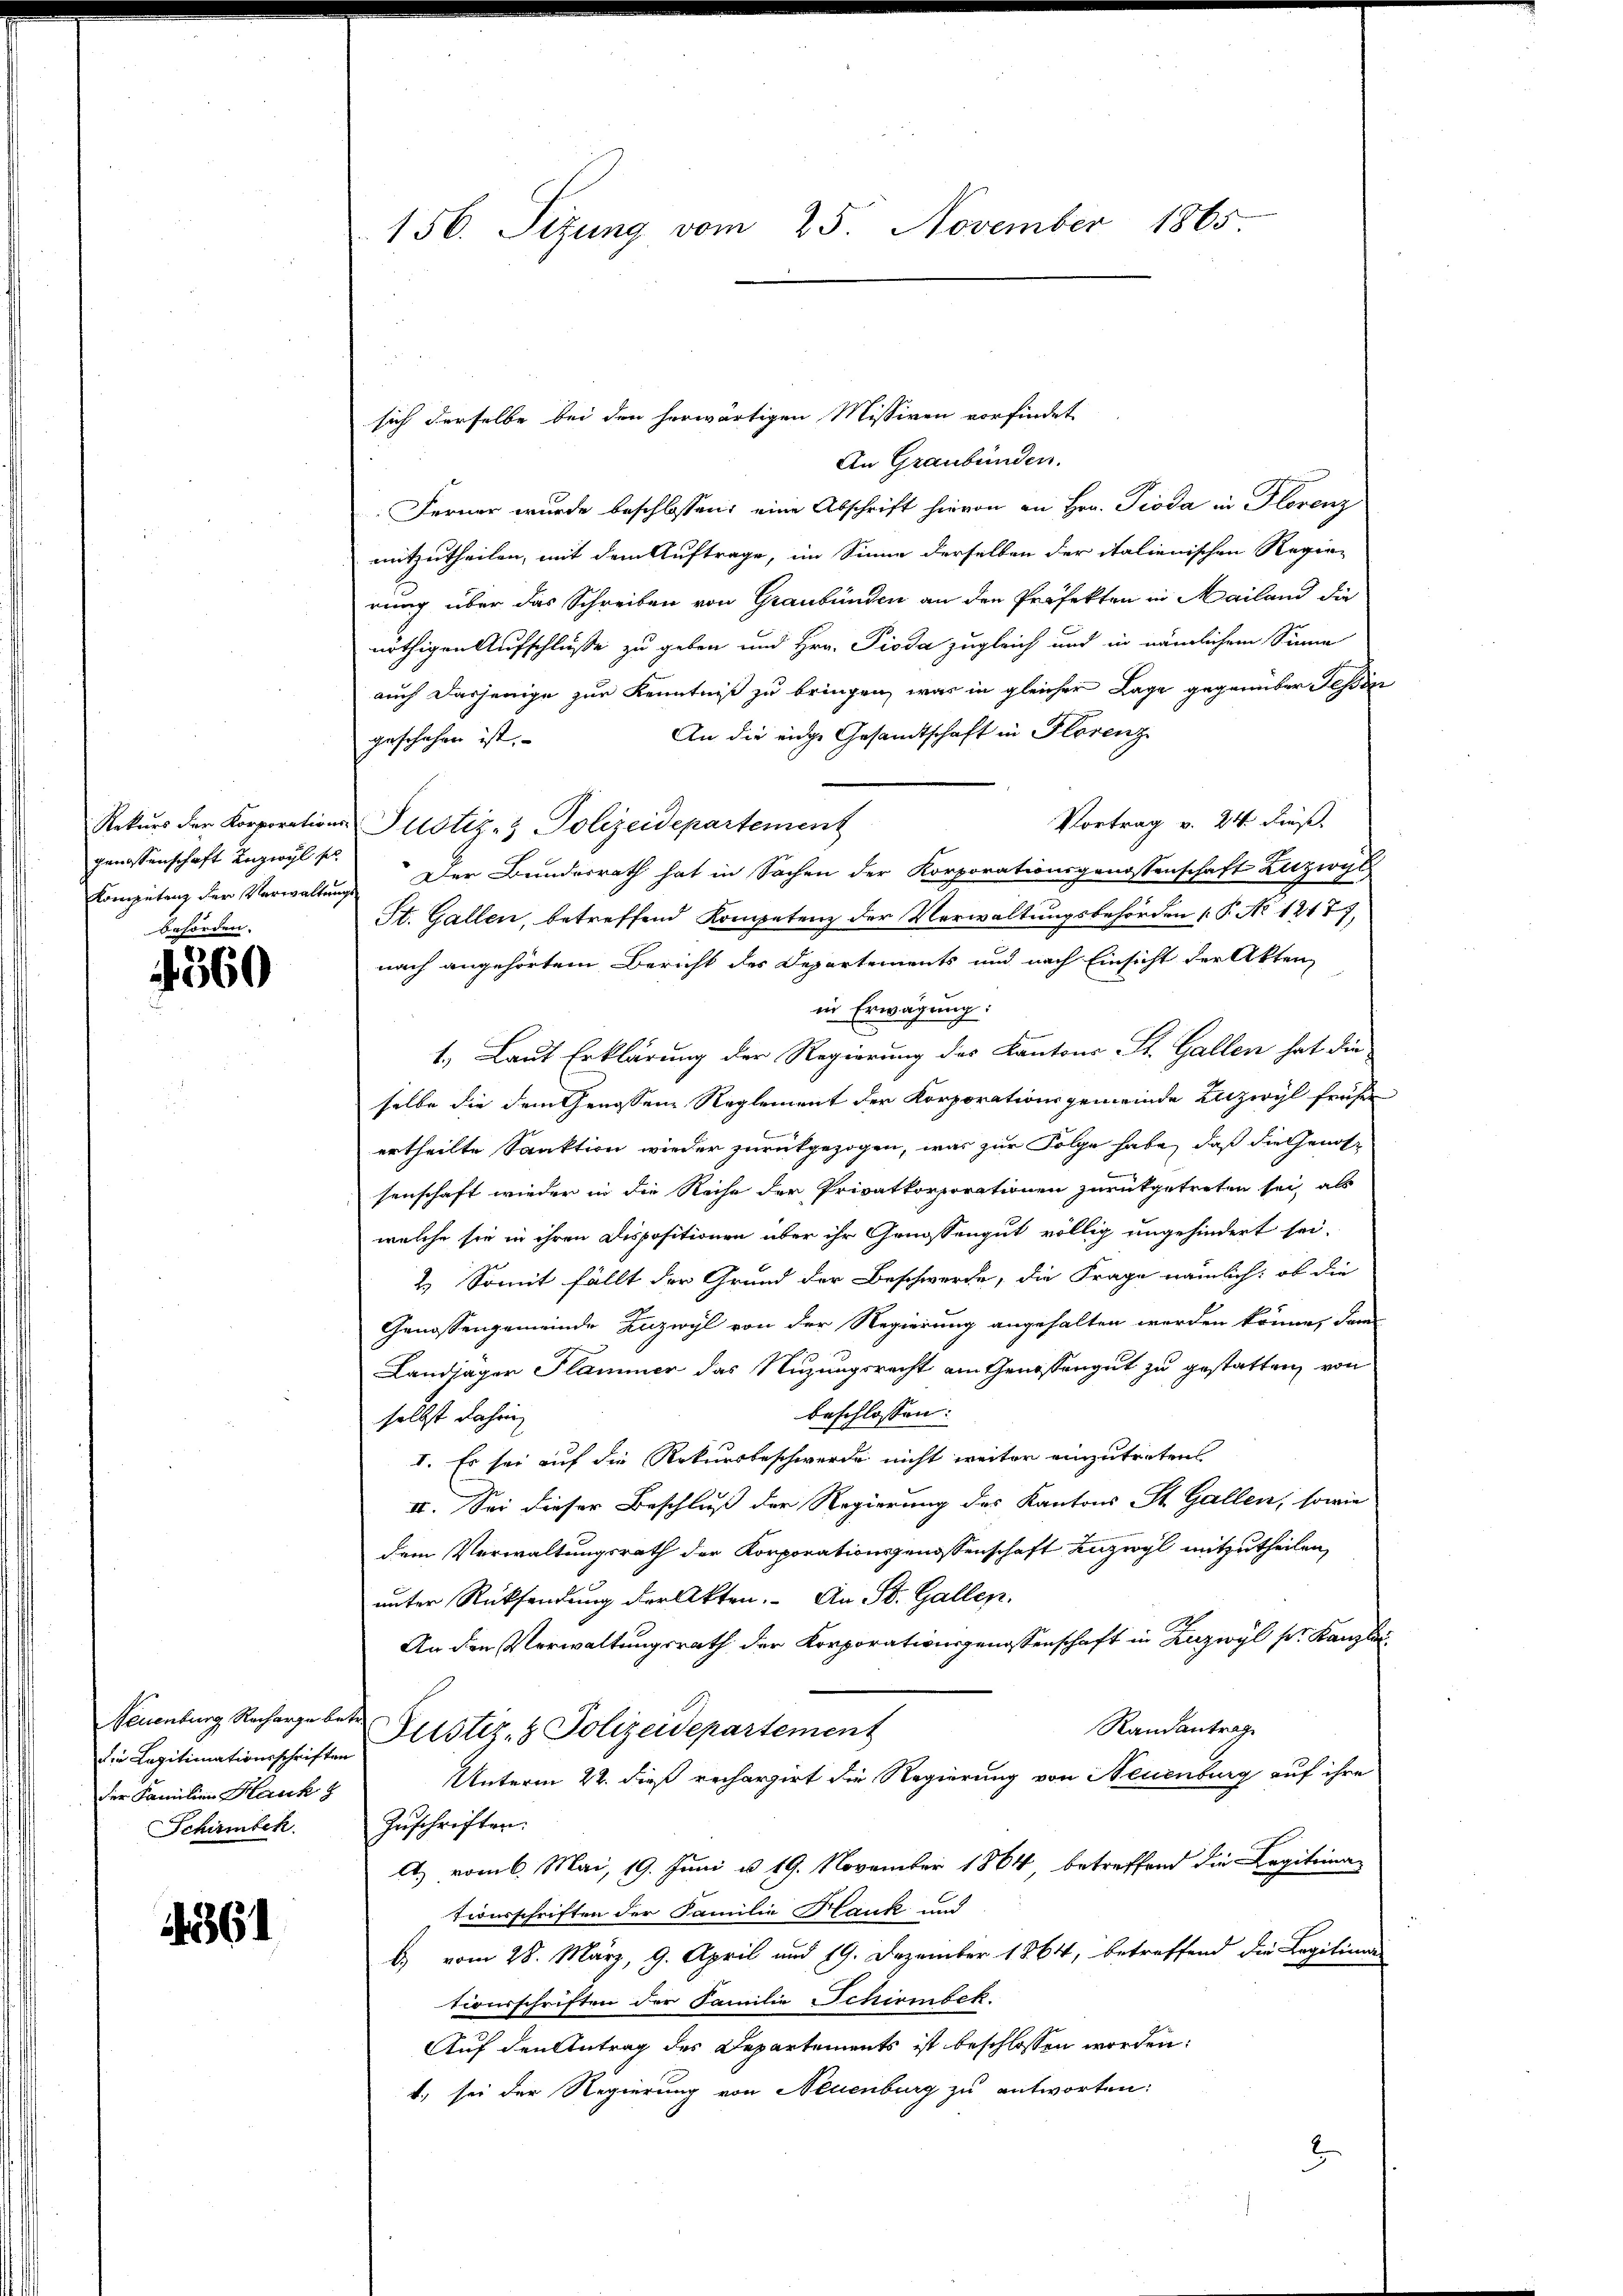
genossenschaft unzwyl se
behörden.

4560

Neuenburg Recharge betre
die Legitimationsschriften
der Familien Hauk z
Schirmbeck.

4361

An Graubünden.
Ferner wurde beschlossen: eine Abschrift hievon an Hrn. Pioda in Florenz
mitzutheilen, mit dem Auftrage, im Sinne derselben der italienischen Regie-
rung über das Schreiben von Graubünden an den Präfekten in Mailand die
nöthigen Aufschluße zu geben und Hrn. Pioda zugleich und in nämlichem Sinne
auch dasjenige zur Kenntniß zu bringen, was in gleicher Lage gegenüber Tessin
An die eidge Gesandtschaft in Florenz
geschehen ist.
Vortrag v. 24. Fuß.
Rekurs der Korporations-Justiz- & Polizeidepartement
Competenz der Verwaltung Der Bundesrath hat in Sachen der Korporationsgenossenschaft Zuzwyl
St. Gallen, betreffend Kompetenz der Verwaltungsbehörden P. No 1217),
nach angehörtem Bericht des Departements und nach Einsicht der Akten
in Erwägung:
1.) Laut Erklärung der Regierung des Kantons-St. Gallen hat die
selbe die dem Genossene Reglement der Korporationsgemeinde Zutzwyl früher
ertheilte Sanktion wieder zurückgezogen, was zur Folge habe, daß die Genossenschaft wieder in die Rache der Privatkorporationen zurückgetreten sei, als
welche sie in ihren Dispositionen über ihr Genossengut völlig ungehindert sei.
2. Somit fällt der Grund der Beschwerde, die Frage nämlich: ob die
Genossengemeinde Zuzwyl von der Regierung angehalten werden könne, dann
Landjäger Flammer das Nuzungsrecht am Genossengut zu gestatten, von
beschlossen:
selbst dahei
I. Es sei auf die Rekursbeschwerde nicht weiter einzutreten
II. Sei dieser Beschluß der Regierung des Kantons St. Gallen, sowie
dem Verwaltungsrath der Korporationsgenossenschaft unzwyl mitzutheilen,
unter Rücksendung der Akten. An St. Gallen.
An den Verwaltungsrath der Korporationsgenossenschaft in Zuzwyl sr. Kanzlei
Randantrage
Justiz- & Polizeidepartement
Unterm 22. dieß rechargirt die Regierung von Neuenburg auf ihre
Zuschriften.
A.) vom 6. Mai, 19. Juni u. 19. November 1864, betreffend die Legiteinan
tionsschriften der Familie Hauk und
b) vom 28. März, 9. April und 19. Dezember 1864, betreffend die Legitima
tionsschriften der Familie Schirmbek.
Auf den Antrag des Departements ist beschlossen worden:
4., sei der Regierung von Neuenburg zu antworten:
d

156. Sitzung vom 25. November 1865

sich derselbe bei den herwärtigen Missiven vorfindet